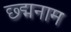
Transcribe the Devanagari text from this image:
छ्द्मनाम